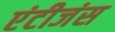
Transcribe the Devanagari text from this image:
एंटीजंस